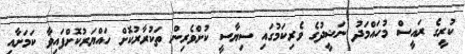
ކުރީގެ ރައީސް މުހައްމަދު ނަޝީދުގެ ވެރިކަމުގައި ސިޔާސީ ކުށްވެރިން ތަކުރާރުކޮށް ހައްޔަރުކޮށްފައިވާ ކަމަށާއި